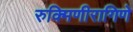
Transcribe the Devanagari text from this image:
रुक्मिणीरागिणे